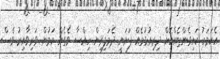
އެކަމަކު ކައިވެންޏެއްކޮށް ދިރިއުޅުމެއް ފަށަނީ ދެމަފިރިން ހިއްސާ ވެގެން ކަމުން ވަރިވާއިރު ވެސް